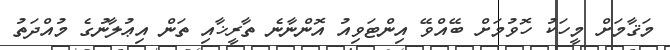
މަޤާމަށް މީހަކު ހޮވުމަށް ބޭއްވޭ އިންޓަވިއު އޮންނާނެ ތާރީޚާއި ތަން އިޢުލާނުގެ މުއްދަތު